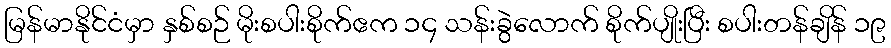
မြန်မာနိုင်ငံမှာ နှစ်စဉ် မိုးစပါးစိုက်ဧက ၁၄ သန်းခွဲလောက် စိုက်ပျိုးပြီး စပါးတန်ချိန် ၁၉